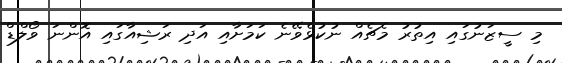
މި ސީޒަނުގައި އިތުރު މެޗެއް ނުކުޅެވޭނެ ކަމަށާއި އަދި ރަޝިއާގައި އޮންނަ ވޯލްޑް